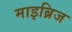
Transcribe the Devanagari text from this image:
माइब्रिज